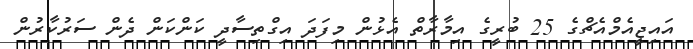
އައިޖީއެމްއެޗްގެ 25 ބުރީގެ އިމާރާތް އެޅުން މިފަދަ އިގްތިސާދީ ކަންކަން ދެން ސަރުކާރުން